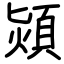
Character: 熲